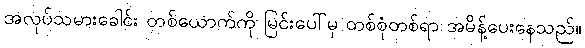
အလုပ်သမားခေါင်း တစ်ယောက်ကို မြင်းပေါ်မှ တစ်စုံတစ်ရာ အမိန့်ပေးနေသည်။